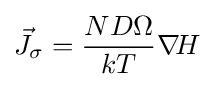
{\vec {J}}_{\sigma }={\frac {ND\Omega }{kT}}\nabla \!H